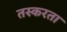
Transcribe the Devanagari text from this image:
तस्करता